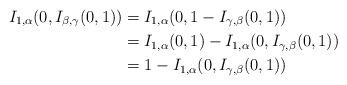
LaTeX: \begin{align*} I_{1, \alpha}(0, I_{\beta, \gamma}(0, 1)) &= I_{1, \alpha}(0, 1 - I_{\gamma, \beta}(0, 1)) \\ &= I_{1, \alpha}(0, 1) - I_{1, \alpha}(0, I_{\gamma, \beta}(0, 1)) \\ &= 1 - I_{1, \alpha}(0, I_{\gamma, \beta}(0, 1)) \end{align*}